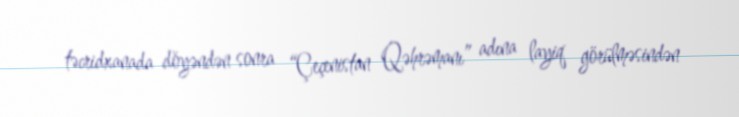
təcridxanada döyəndən sonra “Çeçenistan Qəhrəmanı” adına layiq görülməsindən